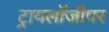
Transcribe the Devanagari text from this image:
ट्रायलॉजीपर